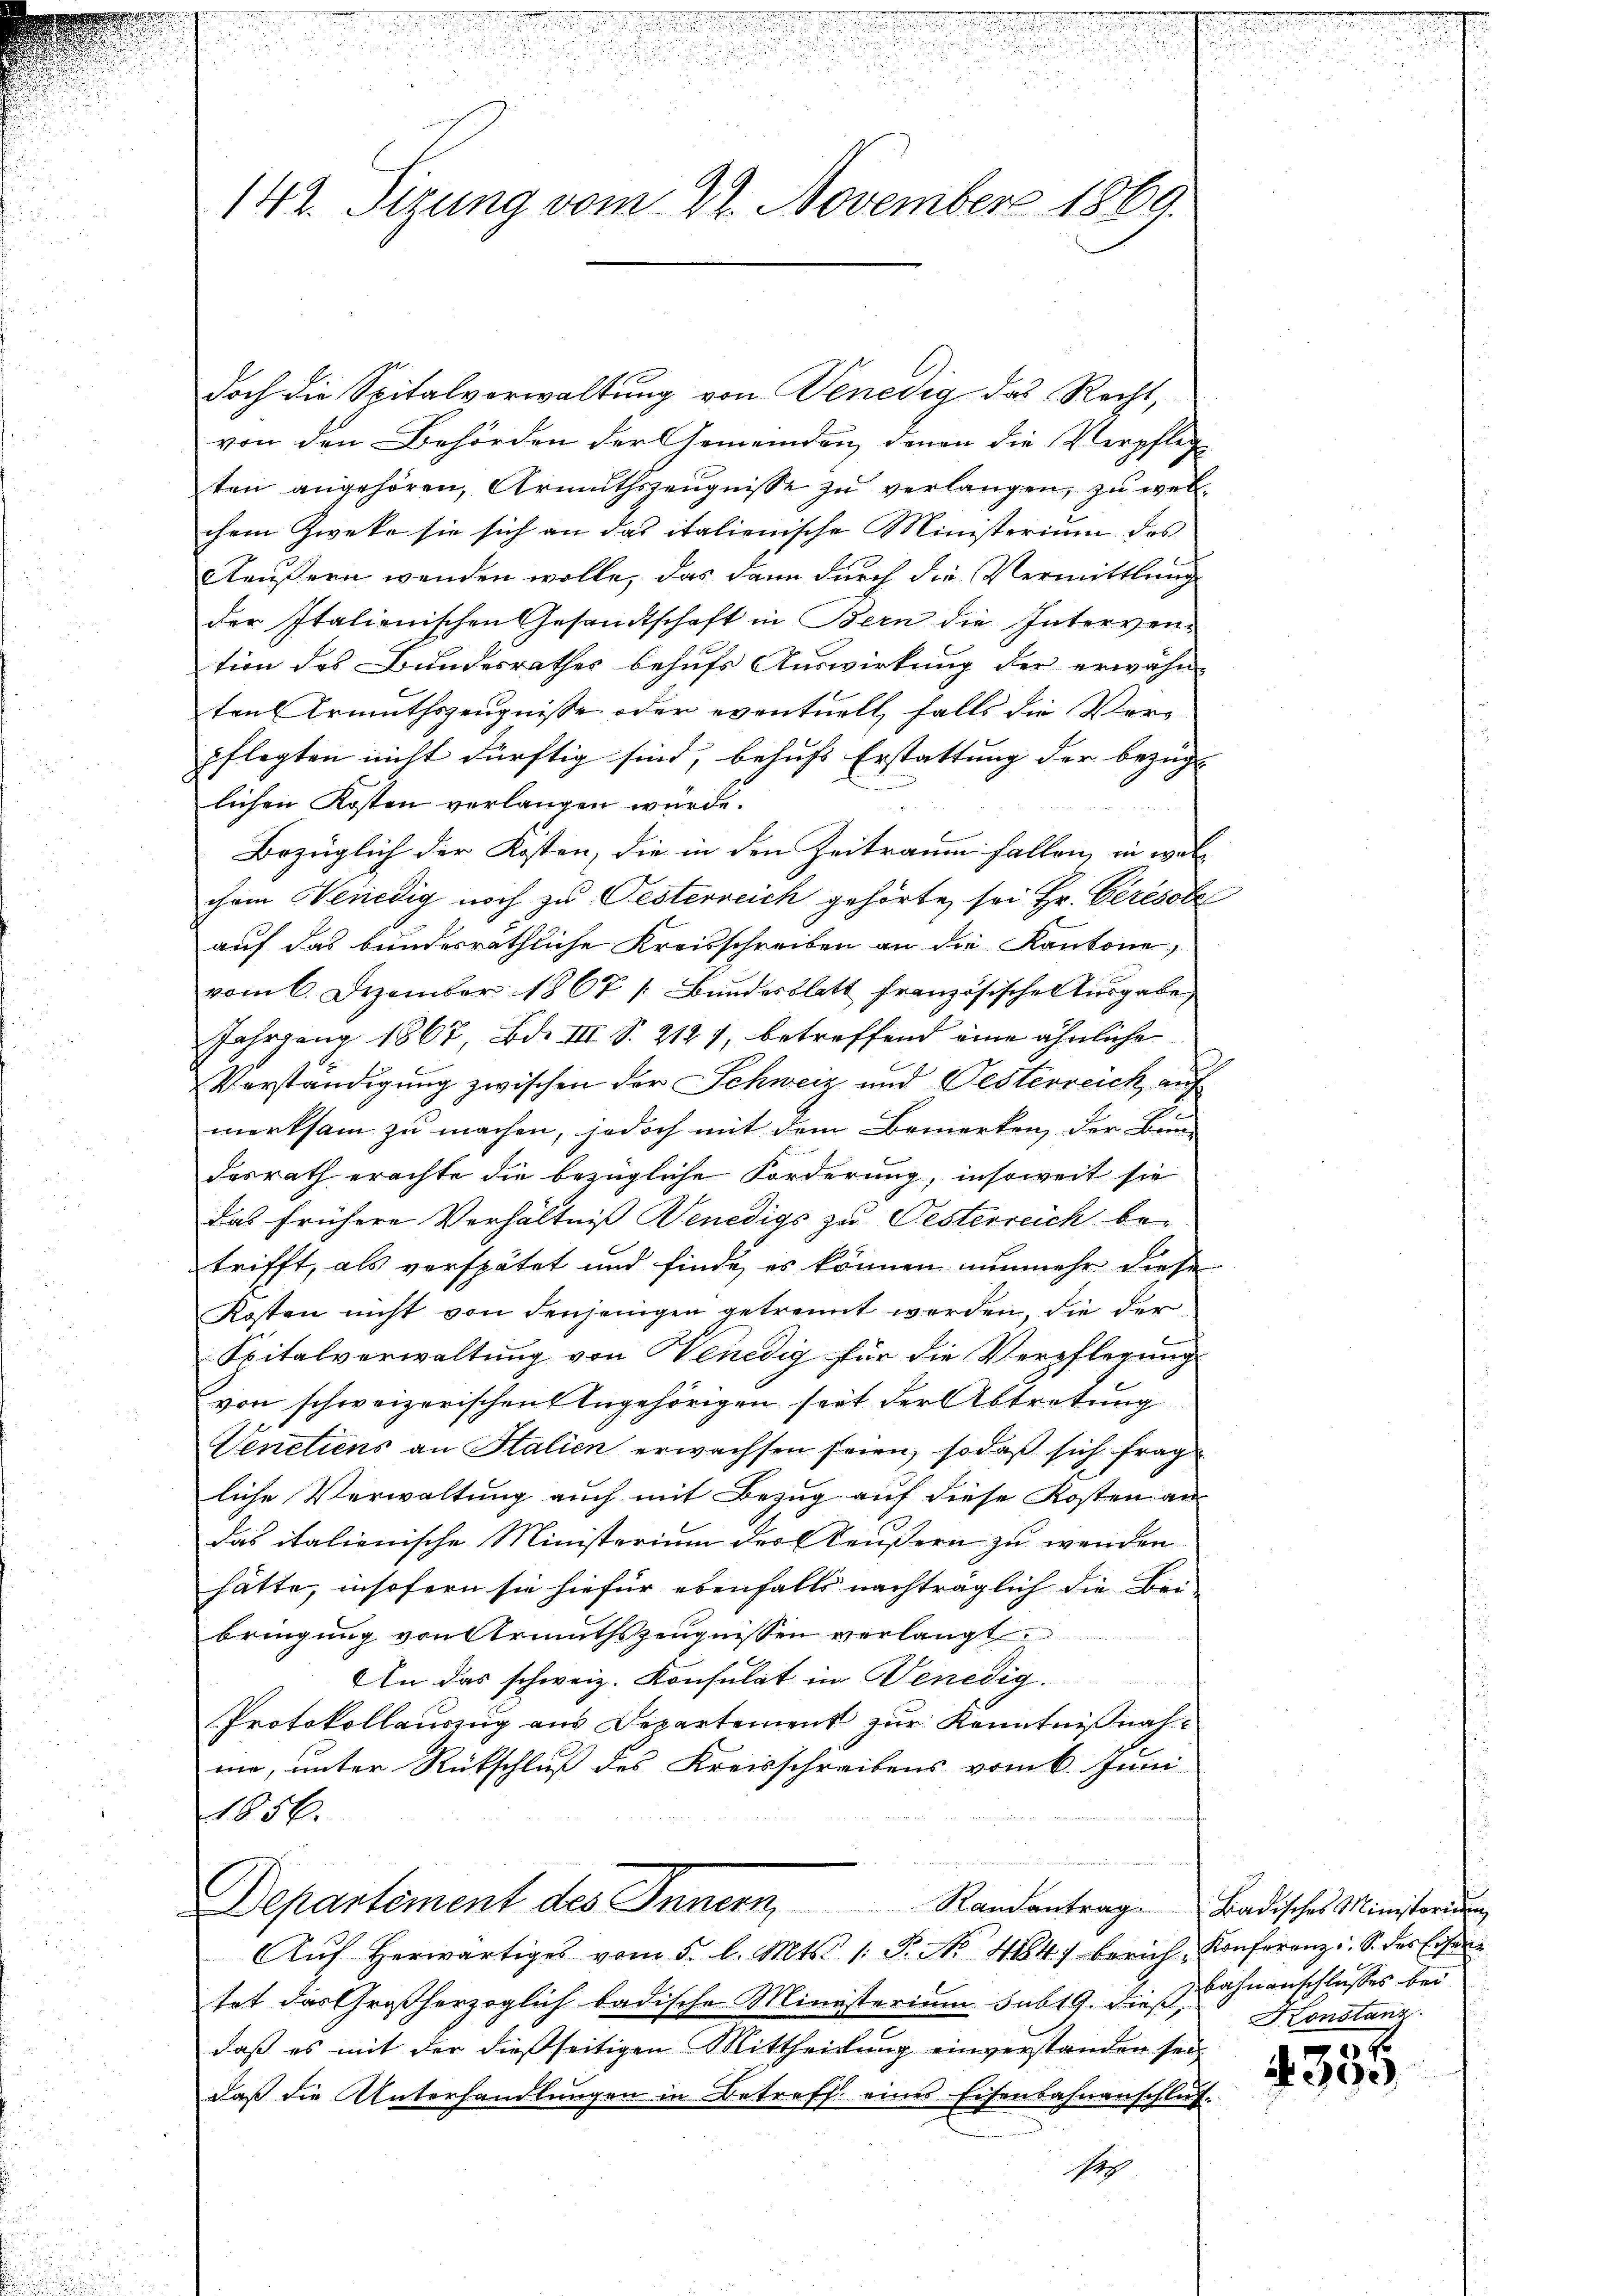
.
u
142. Sizung vom 22. November 1869.

doch die Spitalverwaltung von Venedig das Recht,
von den Behörden der Gemeinden, denen die Verpflege
ten angehören, Armuthszeŭgnisse zu verlangen, zu welchem Zweke sie sich an das italienische Ministerium des
Käußern wenden wolle, das dann durch die Vermittlung
der Italienischen Gesandtschaft in Bern die Interven-
tion des Bundesrathes behufs Auswirkung der erwähn-
ten Armuthszeugnisse oder eventuell falls die Verpflegten nicht dürftig sind, behufs Erstattung der bezüg-
lichen Kosten verlangen würde.
Bezüglich der Kosten, die in den Zeitraum fallen, in wolchem Venedig noch zu Oesterreich gehörte, sei Hr. Cerésobe
auf das bundesräthliche Kreisschreiben an die Kantone,
vom 6. Dezember 1867 (Bundesblatt französische Ausgabe,
Jahrgang 1867, Bd. III S. 2121, betreffend eine ähnliche
Verständigung zwischen der Schweiz und Oesterreich auf
merksam zu machen, jedoch mit dem Bemerken, der Bun-
desrath erachte die bezügliche Forderung, insoweit sie
das frühere Verhältniß Venedigs zu Oesterreich betrifft, als verspätet und finde, es können nunmehr diese
Kosten nicht von denjenigen getrennt werden, die der
Spitalverwaltung von Wenedig für die Verpflegung
von schweizerischen Angehörigen seit der Abtretung
Venetiens an Salien erwachsen seien, sodaß sich frag
liche Verwaltung auch mit Bezug auf diese Kosten an
das italienische Ministerium der Aeußern zu wenden
hätte, insofern sie hiefür ebenfalls nachträglich die Bei-
bringung von Armuthszeŭgnissen verlangt
An das schweiz. Konsulat in Benedig
Protokollauszug aus Departement zur Kenntnißnah
me, unter Rückschluß des Kreisschreibens vom 6. Juni
1856.
Departement des Innern Randantrage Badisches Ministerung
Aŭf herwärtiges vom 5. l. Mts. 1. P. No. 4884) berich Konferenz. S. des Eisen
tet das Großherzoglich badische Ministerium sub 19. dies Bahnanschlusses bei
daß es mit der dießseitigen Mittheilung einverstanden sei
daβ die Unterhandlŭngen in Betreff eines Eisenbahnanschlŭf-
Ich

Konstanz.

3
N 300